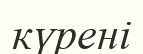
күрені